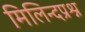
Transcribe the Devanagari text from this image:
मिलिन्दप्रश्न